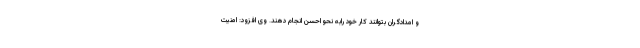
و امدادگران بتوانند کار خود رابه نحو احسن انجام دهند. وی افزود: امنیت